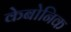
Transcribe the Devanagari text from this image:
केबोनिक